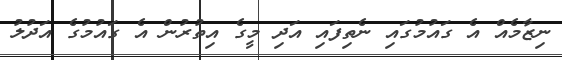
ނިޒާމެއް އެ ގައުމުގައި ނެތިފައި އަދި މީގެ އިތުރުން އެ ގައުމުގެ އަދުލު